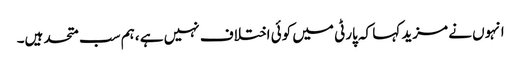
انہوں نے مزید کہا کہ پارٹی میں کوئی اختلاف نہیں ہے ،ہم سب متحد ہیں۔